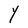
Character: Y